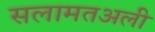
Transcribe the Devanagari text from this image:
सलामतअली